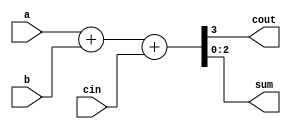
module adder_3_bit (cout,sum,a,b,cin);
	input[2:0] a,b;
	input cin;
	
	output cout;
	output[2:0] sum;
	
	assign {cout,sum}=a+b+cin;

endmodule